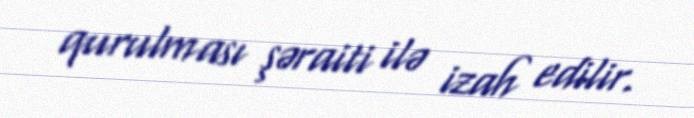
qurulması şəraiti ilə izah edilir.